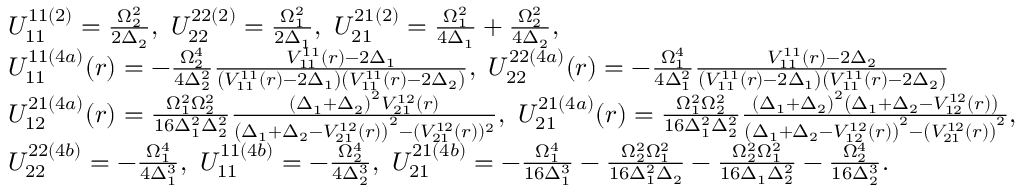
\begin{array} { r l } & { U _ { 1 1 } ^ { 1 1 ( 2 ) } = \frac { \Omega _ { 2 } ^ { 2 } } { 2 \Delta _ { 2 } } , ~ U _ { 2 2 } ^ { 2 2 ( 2 ) } = \frac { \Omega _ { 1 } ^ { 2 } } { 2 \Delta _ { 1 } } , ~ U _ { 2 1 } ^ { 2 1 ( 2 ) } = \frac { \Omega _ { 1 } ^ { 2 } } { 4 \Delta _ { 1 } } + \frac { \Omega _ { 2 } ^ { 2 } } { 4 \Delta _ { 2 } } , } \\ & { U _ { 1 1 } ^ { 1 1 ( 4 a ) } ( r ) = - \frac { \Omega _ { 2 } ^ { 4 } } { 4 \Delta _ { 2 } ^ { 2 } } \frac { V _ { 1 1 } ^ { 1 1 } ( r ) - 2 \Delta _ { 1 } } { \left( V _ { 1 1 } ^ { 1 1 } ( r ) - 2 \Delta _ { 1 } \right) \left( V _ { 1 1 } ^ { 1 1 } ( r ) - 2 \Delta _ { 2 } \right) } , ~ U _ { 2 2 } ^ { 2 2 ( 4 a ) } ( r ) = - \frac { \Omega _ { 1 } ^ { 4 } } { 4 \Delta _ { 1 } ^ { 2 } } \frac { V _ { 1 1 } ^ { 1 1 } ( r ) - 2 \Delta _ { 2 } } { \left( V _ { 1 1 } ^ { 1 1 } ( r ) - 2 \Delta _ { 1 } \right) \left( V _ { 1 1 } ^ { 1 1 } ( r ) - 2 \Delta _ { 2 } \right) } } \\ & { U _ { 1 2 } ^ { 2 1 ( 4 a ) } ( r ) = \frac { \Omega _ { 1 } ^ { 2 } \Omega _ { 2 } ^ { 2 } } { 1 6 \Delta _ { 1 } ^ { 2 } \Delta _ { 2 } ^ { 2 } } \frac { \left( \Delta _ { 1 } + \Delta _ { 2 } \right) ^ { 2 } V _ { 2 1 } ^ { 1 2 } ( r ) } { \left( \Delta _ { 1 } + \Delta _ { 2 } - V _ { 2 1 } ^ { 1 2 } ( r ) \right) ^ { 2 } - ( V _ { 2 1 } ^ { 1 2 } ( r ) ) ^ { 2 } } , ~ U _ { 2 1 } ^ { 2 1 ( 4 a ) } ( r ) = \frac { \Omega _ { 1 } ^ { 2 } \Omega _ { 2 } ^ { 2 } } { 1 6 \Delta _ { 1 } ^ { 2 } \Delta _ { 2 } ^ { 2 } } \frac { \left( \Delta _ { 1 } + \Delta _ { 2 } \right) ^ { 2 } \left( \Delta _ { 1 } + \Delta _ { 2 } - V _ { 1 2 } ^ { 1 2 } ( r ) \right) } { \left( \Delta _ { 1 } + \Delta _ { 2 } - V _ { 1 2 } ^ { 1 2 } ( r ) \right) ^ { 2 } - \left( V _ { 2 1 } ^ { 1 2 } ( r ) \right) ^ { 2 } } , } \\ & { U _ { 2 2 } ^ { 2 2 ( 4 b ) } = - \frac { \Omega _ { 1 } ^ { 4 } } { 4 \Delta _ { 1 } ^ { 3 } } , ~ U _ { 1 1 } ^ { 1 1 ( 4 b ) } = - \frac { \Omega _ { 2 } ^ { 4 } } { 4 \Delta _ { 2 } ^ { 3 } } , ~ U _ { 2 1 } ^ { 2 1 ( 4 b ) } = - \frac { \Omega _ { 1 } ^ { 4 } } { 1 6 \Delta _ { 1 } ^ { 3 } } - \frac { \Omega _ { 2 } ^ { 2 } \Omega _ { 1 } ^ { 2 } } { 1 6 \Delta _ { 1 } ^ { 2 } \Delta _ { 2 } } - \frac { \Omega _ { 2 } ^ { 2 } \Omega _ { 1 } ^ { 2 } } { 1 6 \Delta _ { 1 } \Delta _ { 2 } ^ { 2 } } - \frac { \Omega _ { 2 } ^ { 4 } } { 1 6 \Delta _ { 2 } ^ { 3 } } . } \end{array}